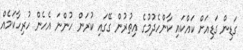
ގަޑިން ގަޑިއަށް ކައްކައި ކާންހެދުމުގެ އިތުރުން ގޭގައި ކުރަން ހުންނަ އެހެން ހުރިހާކަމެއް